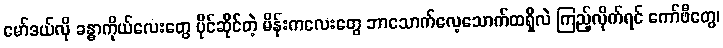
မော်ဒယ်လို ခန္ဓာကိုယ်လေးတွေ ပိုင်ဆိုင်တဲ့ မိန်းကလေးတွေ ဘာသောက်လေ့သောက်ထရှိလဲ ကြည့်လိုက်ရင် ကော်ဖီတွေ၊